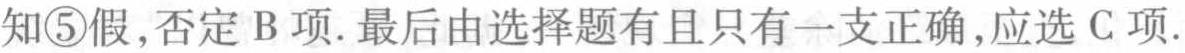
知\textcircled{5}假,否定B项.最后由选择题有且只有一支正确,应选C项.